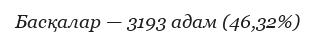
Басқалар — 3193 адам (46,32%)